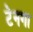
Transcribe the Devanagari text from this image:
टेनगा